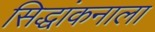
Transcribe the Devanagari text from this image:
सिद्धांकनाला